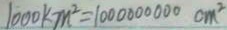
1 0 0 0 k m ^ { 2 } = 1 0 0 0 0 0 0 0 0 0 c m ^ { 2 }